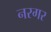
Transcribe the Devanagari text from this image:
नरगर